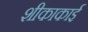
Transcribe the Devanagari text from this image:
शीकाकाई